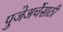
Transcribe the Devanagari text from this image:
पुजेअर्चेसाठी